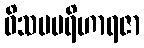
ဝိသမပရိဟာရဇာ